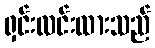
ရှင်းလင်းထားသည်